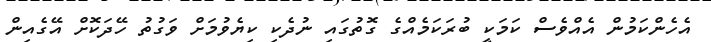
އެހެންކަމުން އެއްވެސް ކަމަކީ ބުރަކަމެއްގެ ގޮތުގައި ނުދެކި ކިޔެވުމަށް ވަގުތު ހޭދަކޮށް އޭގެއިން